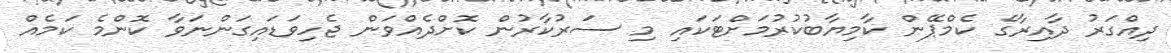
ދިއްގަރު ދާއިރާގެ ކެމްޕޭން ކާމިޔާބުކުރުމަށްޓަކައި މި ސަރުކާރުން ކޮށްދެއްވަން ޖެހިވަޑައިގަންނަވާ ކޮންމެ ކަމެއް